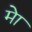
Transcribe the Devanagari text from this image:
मेा